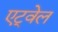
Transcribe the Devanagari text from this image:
एट्वेल